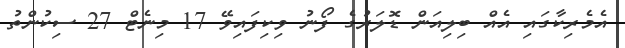
އެމެރިކާގައި އެއް ބިލިއަން ޑޮލަރުގެ ފޯނު ވިކިފައިވޭ 17 މިނެޓް 27 ސިކުންތު